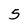
Character: 5